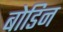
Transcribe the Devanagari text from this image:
बोडिन